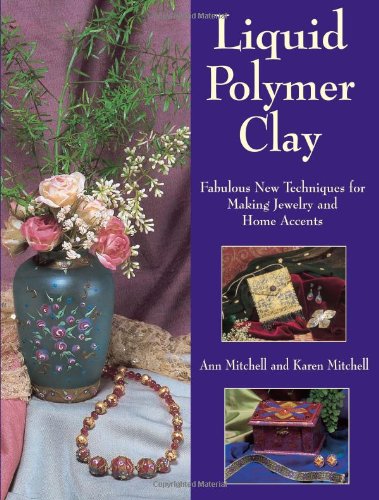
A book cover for Liquid Polymer Clay; Ann Mitchell; Crafts, Hobbies & Home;